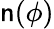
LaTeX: \mathsf{n}(\phi)